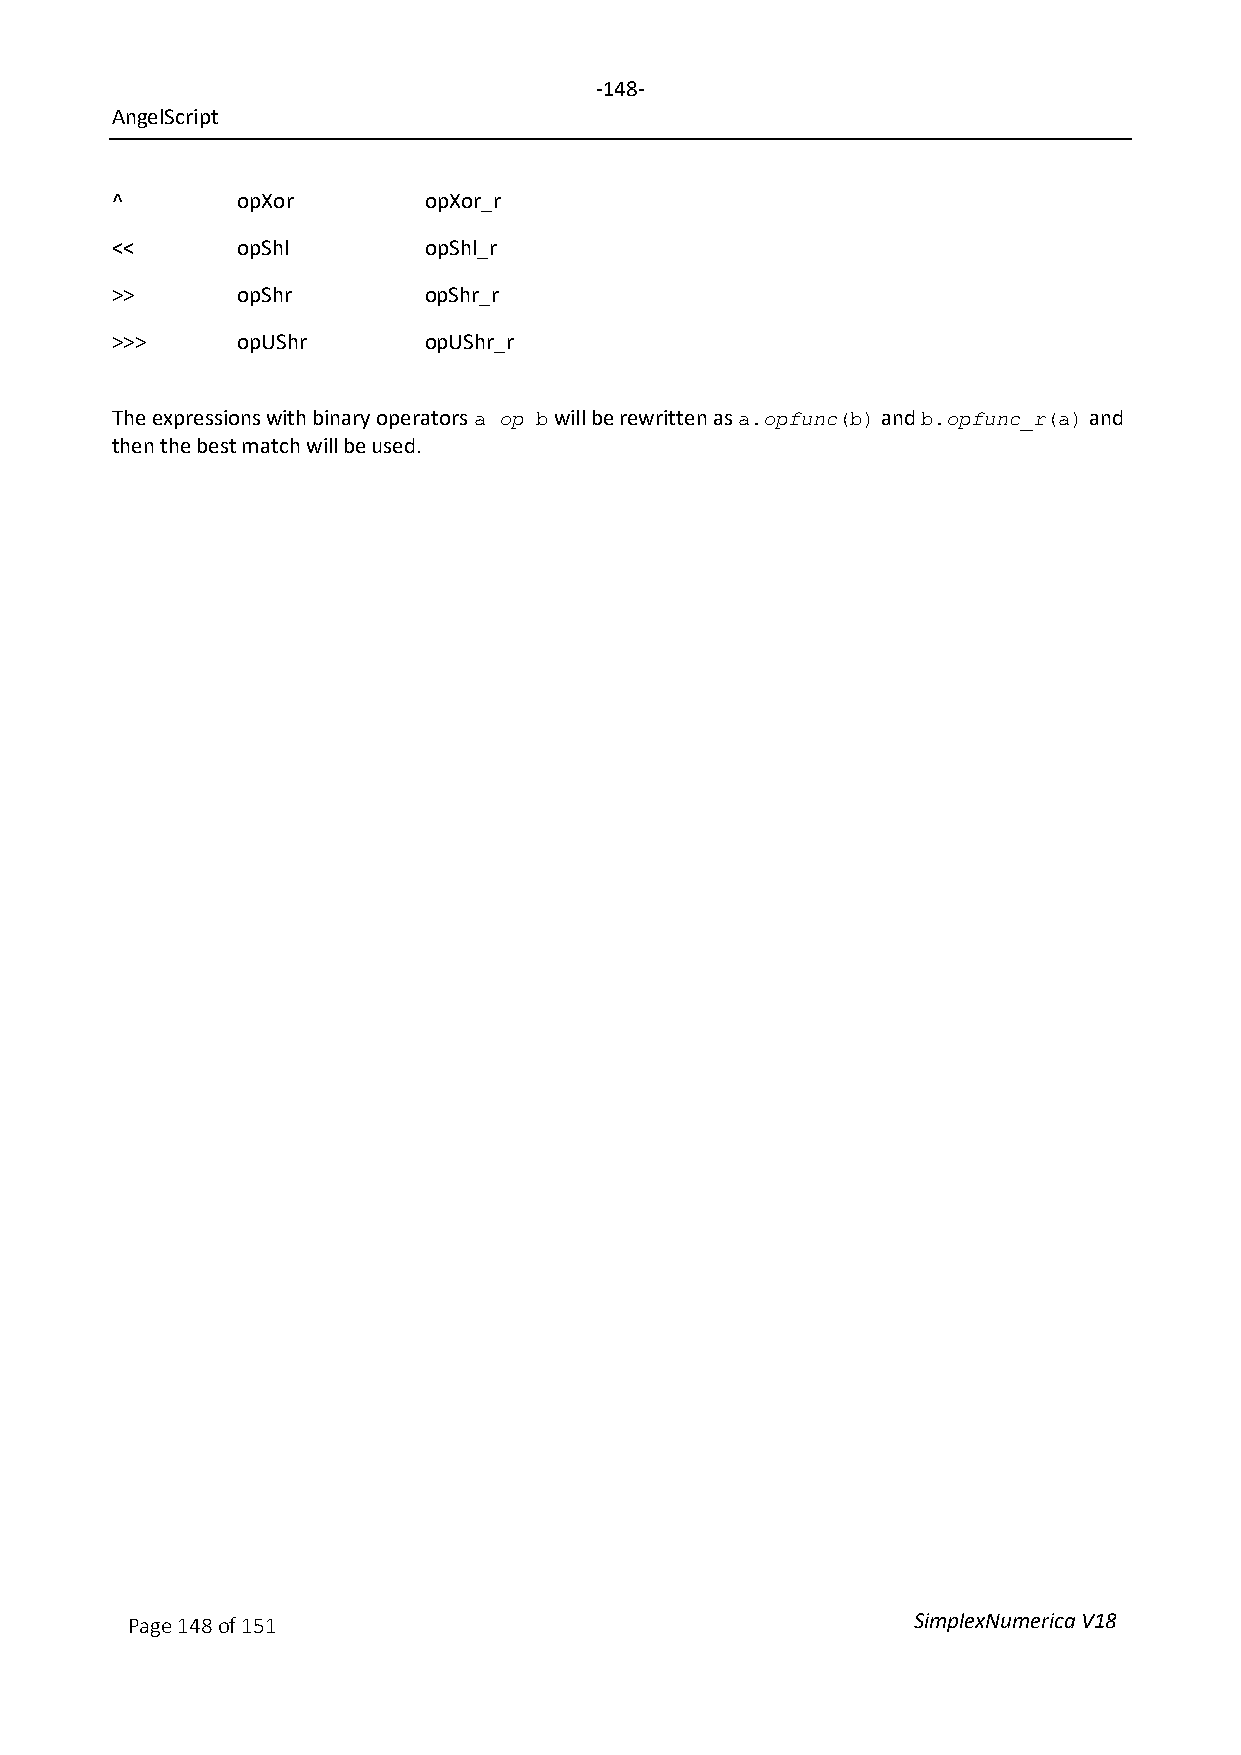
-148-
 AngelScript
 ^        opXor       opXor_r
 <<       opShl       opShl_r
 >>       opShr       opShr_r
 >>>      opUShr      opUShr_r
 The expressions with binary operators op will be rewritten as opfunc and opfunc_r and
 a   b             a.    (b)   b.      (a)
 then the best match will be used.
 Page 148 of 151                                     SimplexNumerica V18